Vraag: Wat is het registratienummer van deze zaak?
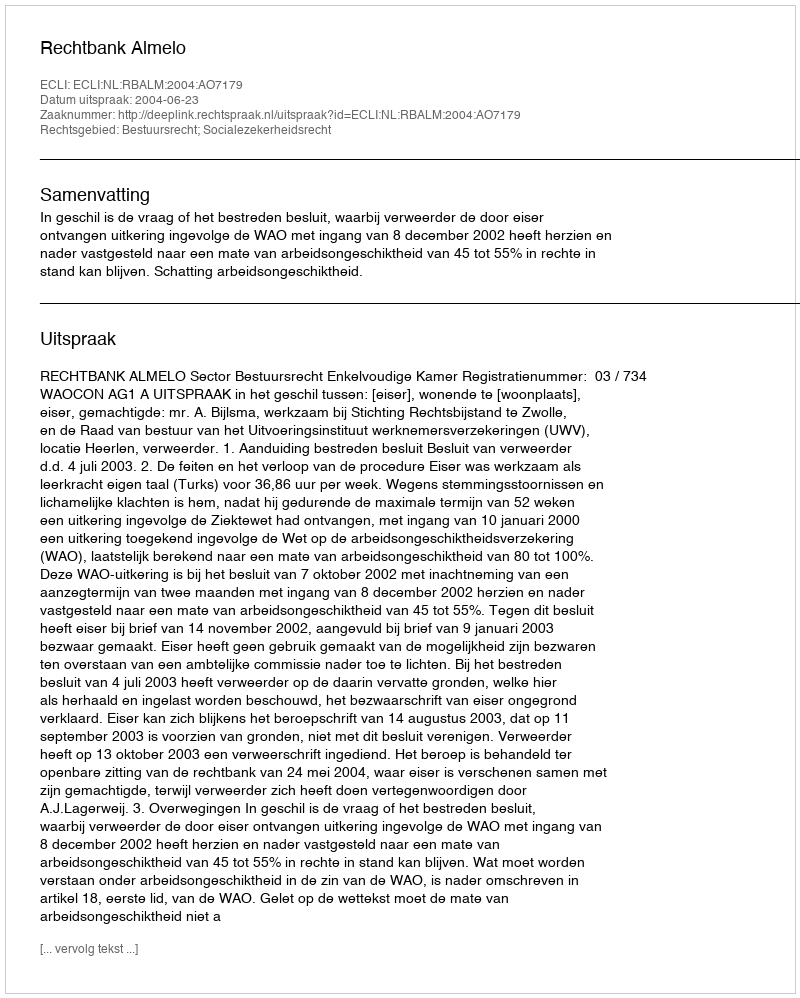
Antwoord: http://deeplink.rechtspraak.nl/uitspraak?id=ECLI:NL:RBALM:2004:AO7179